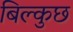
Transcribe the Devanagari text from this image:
बिल्कुछ